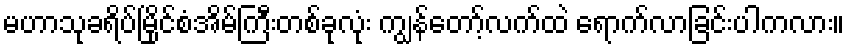
မဟာသုခရိပ်မြိုင်စံအိမ်ကြီးတစ်ခုလုံး ကျွန်တော့်လက်ထဲ ရောက်လာခြင်းပါကလား။